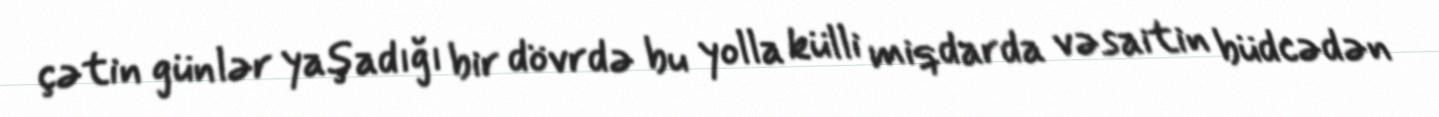
çətin günlər yaşadığı bir dövrdə bu yolla külli miqdarda vəsaitin büdcədən